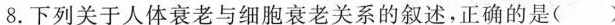
8.下列关于人体衰老与细胞衰老关系的叙述，正确的是( )